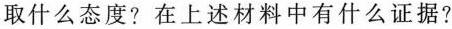
取什么态度?在上述材料中有什么证据?